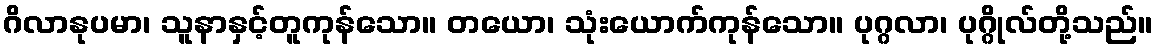
ဂိလာနုပမာ၊ သူနာနှင့်တူကုန်သော။ တယော၊ သုံးယောက်ကုန်သော။ ပုဂ္ဂလာ၊ ပုဂ္ဂိုလ်တို့သည်။